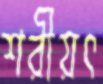
শরীয়ৎ